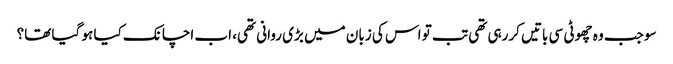
سو جب وہ چھوٹی سی باتیں کررہی تھی تب تو اس کی زبان میں بڑی روانی تھی، اب اچانک کیا ہو گیا تھا؟